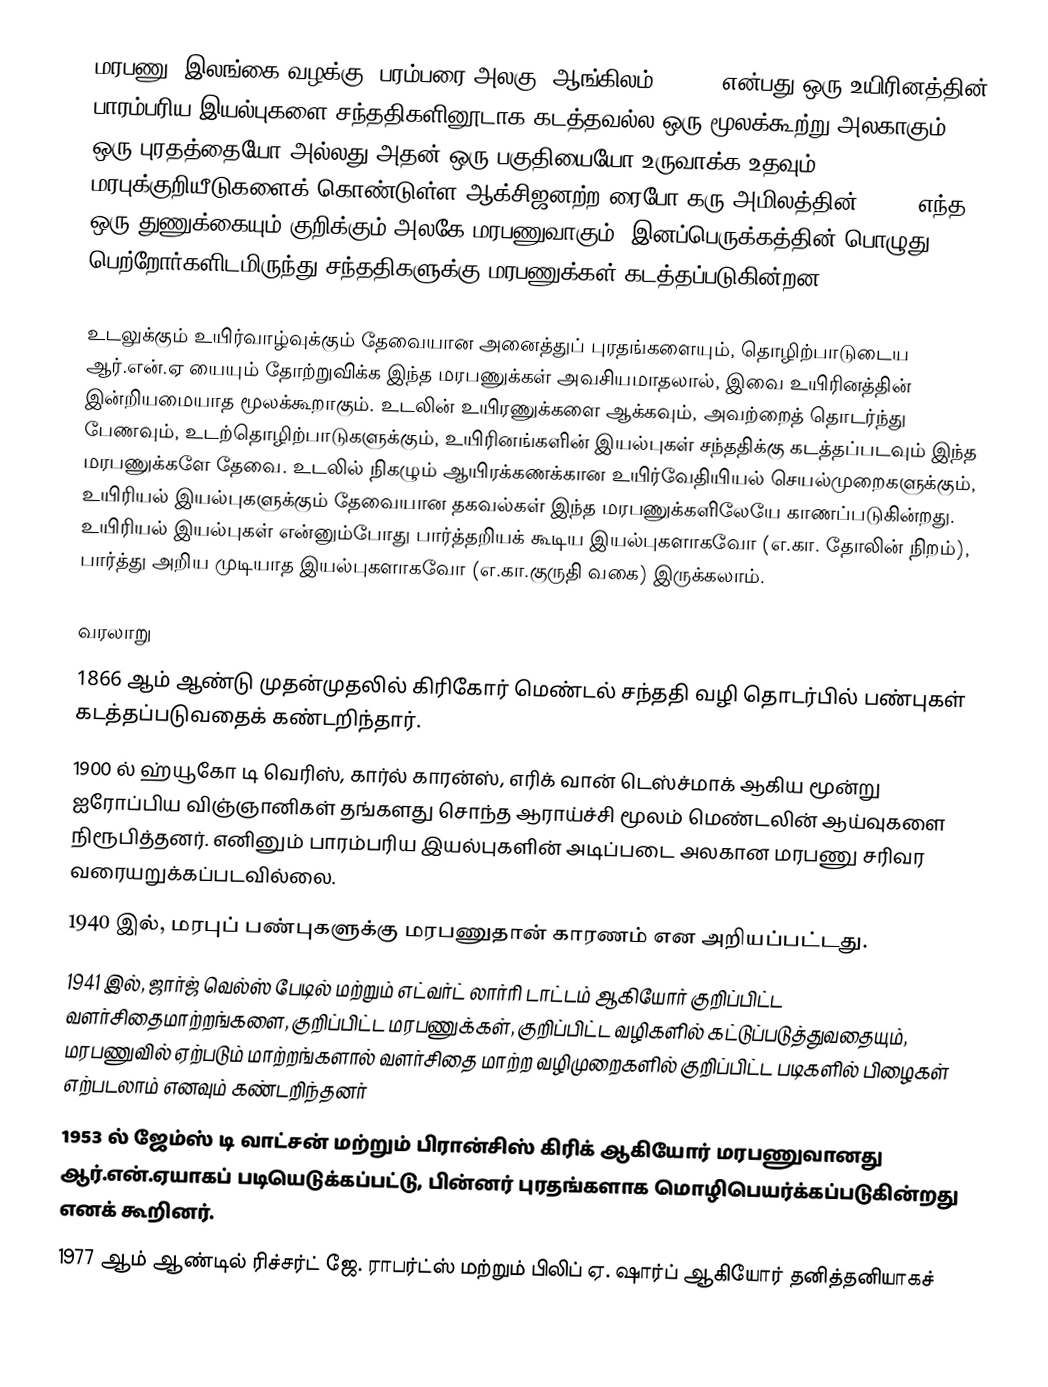
மரபணு (இலங்கை வழக்கு: பரம்பரை அலகு, ஆங்கிலம்: gene) என்பது ஒரு உயிரினத்தின் பாரம்பரிய இயல்புகளை சந்ததிகளினூடாக கடத்தவல்ல ஒரு மூலக்கூற்று அலகாகும். ஒரு புரதத்தையோ அல்லது அதன் ஒரு பகுதியையோ உருவாக்க உதவும் மரபுக்குறியீடுகளைக் கொண்டுள்ள ஆக்சிஜனற்ற ரைபோ கரு அமிலத்தின் (DNA) எந்த ஒரு துணுக்கையும் குறிக்கும் அலகே மரபணுவாகும். இனப்பெருக்கத்தின் பொழுது பெற்றோர்களிடமிருந்து சந்ததிகளுக்கு மரபணுக்கள் கடத்தப்படுகின்றன.

உடலுக்கும் உயிர்வாழ்வுக்கும் தேவையான அனைத்துப் புரதங்களையும், தொழிற்பாடுடைய ஆர்.என்.ஏ யையும் தோற்றுவிக்க இந்த மரபணுக்கள் அவசியமாதலால், இவை உயிரினத்தின் இன்றியமையாத மூலக்கூறாகும். உடலின் உயிரணுக்களை ஆக்கவும், அவற்றைத் தொடர்ந்து பேணவும், உடற்தொழிற்பாடுகளுக்கும், உயிரினங்களின் இயல்புகள் சந்ததிக்கு கடத்தப்படவும் இந்த மரபணுக்களே தேவை. உடலில் நிகழும் ஆயிரக்கணக்கான உயிர்வேதியியல் செயல்முறைகளுக்கும், உயிரியல் இயல்புகளுக்கும் தேவையான தகவல்கள் இந்த மரபணுக்களிலேயே காணப்படுகின்றது. உயிரியல் இயல்புகள் என்னும்போது பார்த்தறியக் கூடிய இயல்புகளாகவோ (எ.கா. தோலின் நிறம்), பார்த்து அறிய முடியாத இயல்புகளாகவோ (எ.கா.குருதி வகை) இருக்கலாம்.

வரலாறு
 1866 ஆம் ஆண்டு முதன்முதலில் கிரிகோர் மெண்டல் சந்ததி வழி தொடர்பில் பண்புகள் கடத்தப்படுவதைக் கண்டறிந்தார்.
 1900 ல் ஹ்யூகோ டி வெரிஸ், கார்ல் காரன்ஸ், எரிக் வான் டெஸ்ச்மாக் ஆகிய மூன்று ஐரோப்பிய விஞ்ஞானிகள் தங்களது சொந்த ஆராய்ச்சி மூலம் மெண்டலின் ஆய்வுகளை நிரூபித்தனர். எனினும் பாரம்பரிய இயல்புகளின் அடிப்படை அலகான மரபணு சரிவர வரையறுக்கப்படவில்லை.
 1940 இல், மரபுப் பண்புகளுக்கு மரபணுதான் காரணம் என அறியப்பட்டது.
 1941 இல், ஜார்ஜ் வெல்ஸ் பேடில் மற்றும் எட்வர்ட் லார்ரி டாட்டம் ஆகியோர் குறிப்பிட்ட வளர்சிதைமாற்றங்களை, குறிப்பிட்ட மரபணுக்கள், குறிப்பிட்ட வழிகளில் கட்டுப்படுத்துவதையும், மரபணுவில் ஏற்படும் மாற்றங்களால் வளர்சிதை மாற்ற வழிமுறைகளில் குறிப்பிட்ட படிகளில் பிழைகள் எற்படலாம் எனவும் கண்டறிந்தனர்
 1953 ல் ஜேம்ஸ் டி வாட்சன் மற்றும் பிரான்சிஸ் கிரிக் ஆகியோர் மரபணுவானது ஆர்.என்.ஏயாகப் படியெடுக்கப்பட்டு, பின்னர் புரதங்களாக மொழிபெயர்க்கப்படுகின்றது எனக் கூறினர்.
 1977 ஆம் ஆண்டில் ரிச்சர்ட் ஜே. ராபர்ட்ஸ் மற்றும் பிலிப் ஏ. ஷார்ப் ஆகியோர் தனித்தனியாகச்